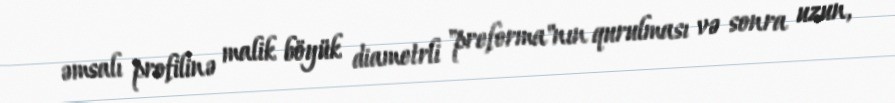
əmsalı profilinə malik böyük diametrli "preforma"nın qurulması və sonra uzun,